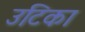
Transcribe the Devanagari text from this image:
उटिका